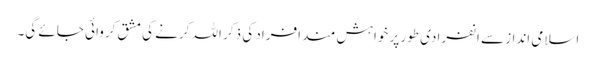
اسلامی انداز سے انفرادی طور پر خواہش مند افراد کی ذکر اللہ کرنے کی مشق کروائی جائے گی۔